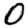
Digit: 0